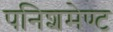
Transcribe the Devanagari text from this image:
पनिशमेण्ट